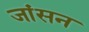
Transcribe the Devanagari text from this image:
जांसन